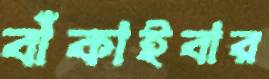
বাঁকাইবার